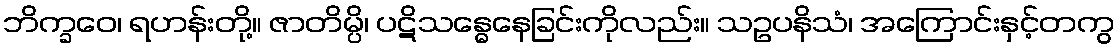
ဘိက္ခဝေ၊ ရဟန်းတို့။ ဇာတိမ္ပိ၊ ပဋိသန္ဓေနေခြင်းကိုလည်း။ သဥပနိသံ၊ အကြောင်းနှင့်တကွ